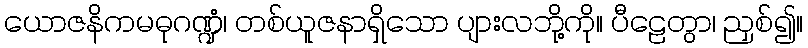
ယောဇနိကမဓုဂဏ္ဍံ၊ တစ်ယူဇနာရှိသော ပျားလဘို့ကို။ ပီဠေတွာ၊ ညှစ်၍။